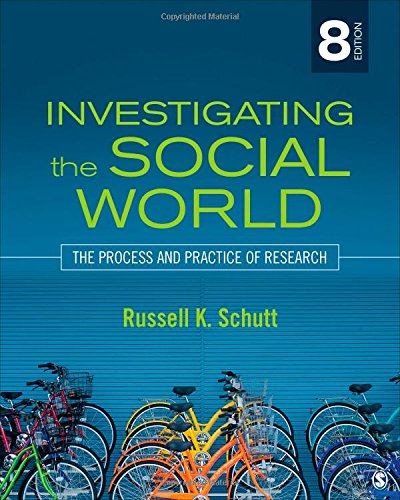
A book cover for Investigating the Social World: The Process and Practice of Research; Russell K. Schutt; Politics & Social Sciences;